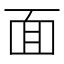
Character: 面